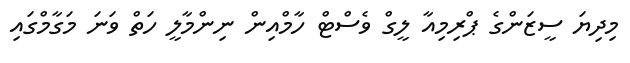
މިދިޔަ ސީޒަންގެ ޕްރިމިއާ ލީގް ވެސްޓް ހާމްއިން ނިންމާލީ ހަތް ވަނަ މަގާމްގައި